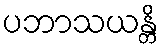
ပဘာသယန္တိ